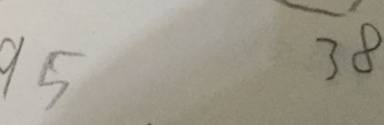
9 5 3 8